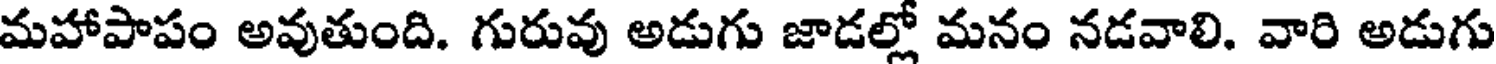
మహాపాపం అవుతుంది. గురువు అడుగు జాడల్లో మనం నడవాలి. వారి అడుగు